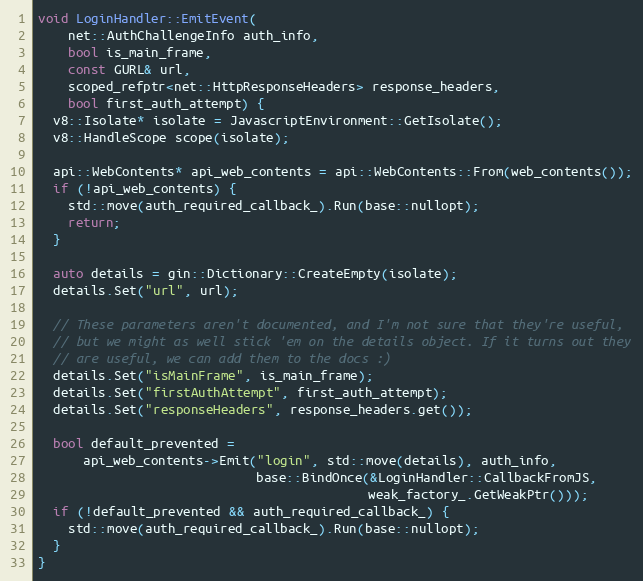
Language: C++
void LoginHandler::EmitEvent(
    net::AuthChallengeInfo auth_info,
    bool is_main_frame,
    const GURL& url,
    scoped_refptr<net::HttpResponseHeaders> response_headers,
    bool first_auth_attempt) {
  v8::Isolate* isolate = JavascriptEnvironment::GetIsolate();
  v8::HandleScope scope(isolate);

  api::WebContents* api_web_contents = api::WebContents::From(web_contents());
  if (!api_web_contents) {
    std::move(auth_required_callback_).Run(base::nullopt);
    return;
  }

  auto details = gin::Dictionary::CreateEmpty(isolate);
  details.Set("url", url);

  // These parameters aren't documented, and I'm not sure that they're useful,
  // but we might as well stick 'em on the details object. If it turns out they
  // are useful, we can add them to the docs :)
  details.Set("isMainFrame", is_main_frame);
  details.Set("firstAuthAttempt", first_auth_attempt);
  details.Set("responseHeaders", response_headers.get());

  bool default_prevented =
      api_web_contents->Emit("login", std::move(details), auth_info,
                             base::BindOnce(&LoginHandler::CallbackFromJS,
                                            weak_factory_.GetWeakPtr()));
  if (!default_prevented && auth_required_callback_) {
    std::move(auth_required_callback_).Run(base::nullopt);
  }
}